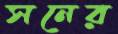
সনের